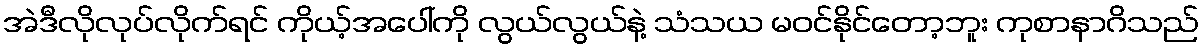
အဲဒီလိုလုပ်လိုက်ရင် ကိုယ့်အပေါ်ကို လွယ်လွယ်နဲ့ သံသယ မဝင်နိုင်တော့ဘူး ကုစာနာဂိသည်